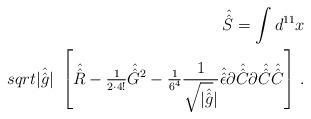
LaTeX: \begin{align*}\hat{\hat{S}}= \int d^{11}x\\sqrt{|\hat{\hat{g}}|}\ \left[\hat{\hat{R}}-{\textstyle\frac{1}{2\cdot 4!}} \hat{\hat{G}}{}^{2}-{\textstyle\frac{1}{6^{4}}} \frac{1}{\sqrt{|\hat{\hat{g}}}|}\hat{\hat{\epsilon}} \partial\hat{\hat{C}}\partial \hat{\hat{C}} \hat{\hat{C}}\right]\, .\end{align*}